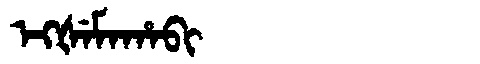
Manchu: ᡝᡴᡧᡝᠮᠠᡥᠠᠪᡳ
Romanization: EKŠEMAHABI